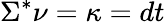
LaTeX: \Sigma^{*}\nu=\kappa=dt